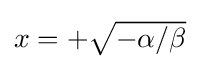
{\textstyle x=+{\sqrt {-\alpha /\beta }}}